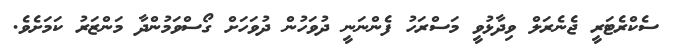
ސެކްރެޓަރީ ޖެނެރަލް ވިދާޅުވީ މަސްރަހު ފެންނަނީ ދުވަހުން ދުވަހަށް ގޯސްވަމުންދާ މަންޒަރު ކަމަށެވެ.